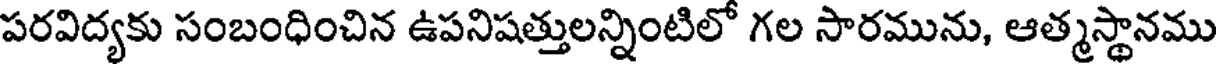
పరవిద్యకు సంబంధించిన ఉపనిషత్తులన్నింటిలో గల సారమును, ఆత్మస్థానము